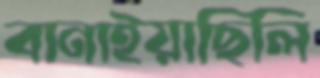
বানাইয়াছিলি